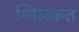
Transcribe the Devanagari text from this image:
म्मिलकत